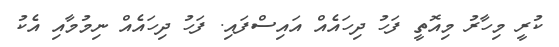
ކުރީ މިހާރު މިއޮތީ ފަހު ދިހައެއް އައިސްފައި. ފަހު ދިހައެއް ނިމުމާއި އެކު